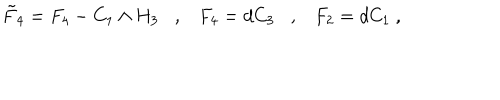
\tilde { F } _ { 4 } = F _ { 4 } - C _ { 1 } \wedge H _ { 3 } , F _ { 4 } = d C _ { 3 } , F _ { 2 } = d C _ { 1 } \ ,